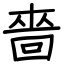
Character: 嗇